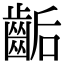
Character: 𪘇